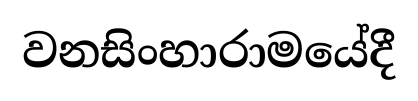
වනසිංහාරාමයේදී